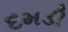
દમડી